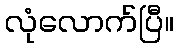
လုံလောက်ပြီ။